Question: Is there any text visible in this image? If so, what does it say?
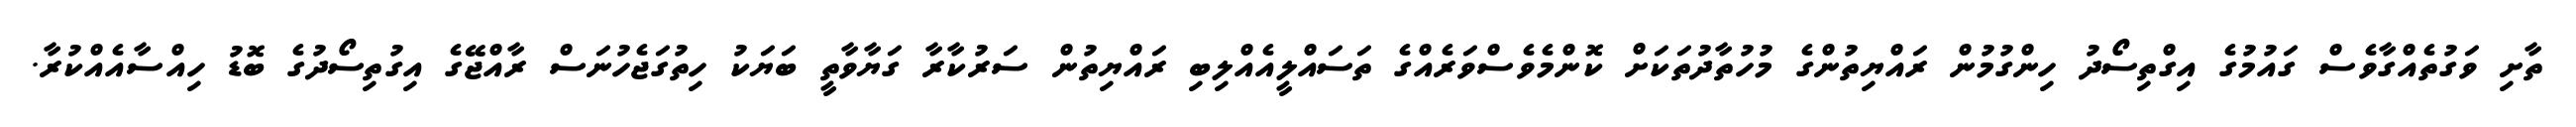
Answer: ތާށި ވަގުތެއްގާވެސް ގައުމުގެ އިގްތިސޯދު ހިންގުމުން ރައްޔިތުންގެ މުހުތާދުތަކަށް ކޮންމެވެސްވަރެއްގެ ތަސައްލީއެއްލިބި ރައްޔިތުން ސަރުކާރާ ގަޔާވާތީ ބަޔަކު ހިތުގަޖެހުނަސް ރާއްޖޭގެ އިގުތިސޯދުގެ ބޮޑު ހިއްސާއެއްކުރާ.